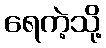
ရေကဲ့သို့